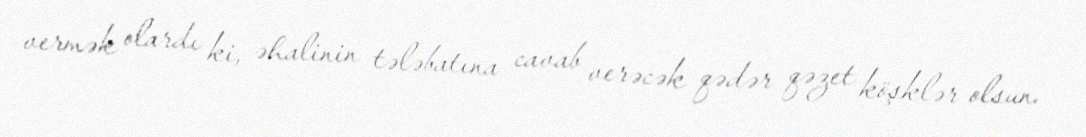
vermək olardı ki, əhalinin tələbatına cavab verəcək qədər qəzet köşklər olsun.